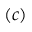
( c )